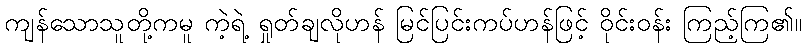
ကျန်သောသူတို့ကမူ ကဲ့ရဲ့ ရှုတ်ချလိုဟန် မြင်ပြင်းကပ်ဟန်ဖြင့် ဝိုင်းဝန်း ကြည့်ကြ၏။